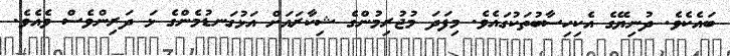
ބައެކެވެ. ދުނިޔޭގެ އެކިހިސާބުތަކުގައެވެ. މިފަދަ މުޖުރިމުންގެ ޝިކާރައަށް އަޅުގަނޑުމެންގެ ޅަ ދަރިންވެސް ވެއެވެ.